Lunatic asylums Central Provinces reports 1886-1894 - 1886-1894
Year: 1886
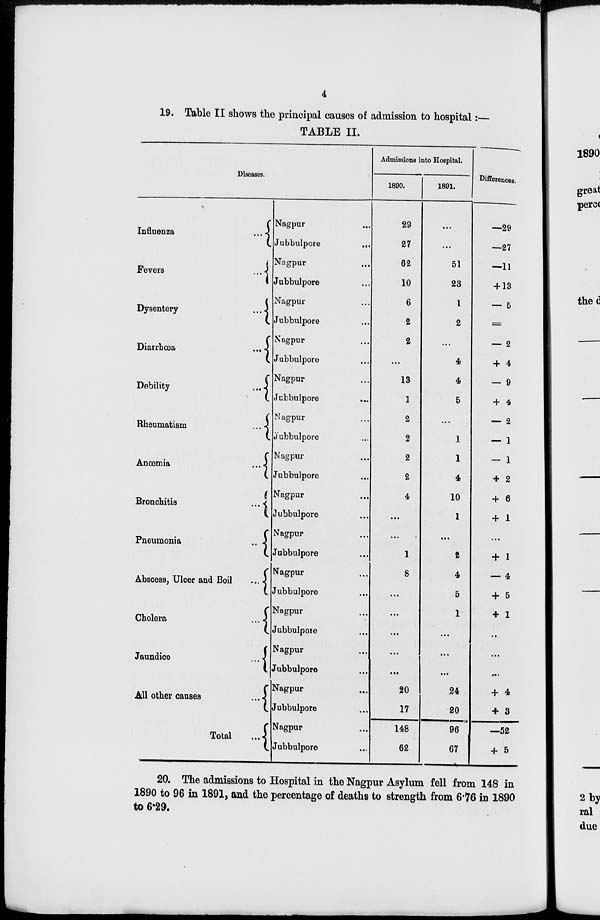
4
19. Table II shows the principal causes of admission to hospital:—
TABLE II.
Diseases.
Influenza
...
Fevers
...
Dysentery
...
Diarrhœa
...
Debility
...
Rheumatism
...
Anœmia ...
Bronchitis
....
Pneumonia
...
Abscess, Ulcer and Boil
...
Cholera
...
Jaundice
...
All other causes
...
Total
...
Nagpur ...
Jubbulpore
...
Nagpur ...
Jubbulpore ...
Nagpur ...
Jubbulpore ...
Nagpur ...
Jubbulpore ...
Nagpur ...
Jubbulpore ...
Nagpur ...
Jubbulpore ...
Nagpur ...
Jubbulpore ...
Nagpur ...
Jubbulpore ...
Nagpur ...
Jubbulpore ...
Nagpur ...
Jubbulpore ...
Nagpur ...
Jubbulpore ...
Nagpur ...
Jubbulpore ...
Nagpur ...
Jubbulpore ...
Nagpur ...
Jubbulpore ...
Admissions into Hospital.
1890.
29
27
62
10
6
2
2
...
13
1
2
2
2
2
4
...
...
1
8
...
...
...
...
...
20
17
148
62
1891.
...
...
51
23
1
2
...
4
4
5
...
1
1
4
10
1
...
2
4
5
1
...
...
...
24
20
96
67
Differences.
—29
—27
—11
+ 13
— 5
=
— 2
+ 4
— 9
+ 4
— 2
— 1
— 1
+ 2
+ 6
+ 1
...
+ 1
— 4
+ 5
+ 1
...
...
...
+ 4
+ 3
—52
+ 5
20. The admissions to Hospital in the Nagpur Asylum fell from 148 in
1890 to 96 in 1891, and the percentage of deaths to strength from 6.76 in 1890
to 6.29.